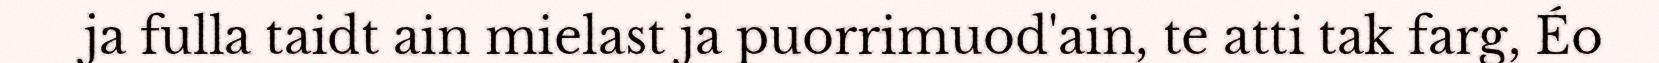
ja fulla taidt ain mielast ja puorrimuod'ain, te atti tak farg, Éo